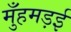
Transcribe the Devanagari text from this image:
मुँहमड़ई